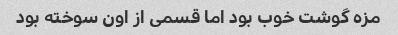
مزه گوشت خوب بود اما قسمی از اون سوخته بود